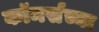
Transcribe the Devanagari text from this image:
कॉमर्सच्या